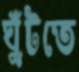
ঘুঁটতে